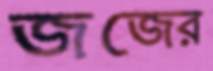
জজের